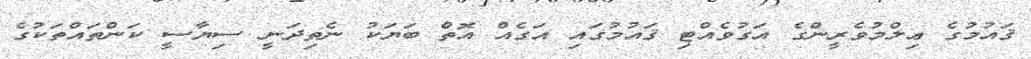
ޤައުމުގެ ޢިލްމުވެރީންގެ އަގުވެއްޓި ޤައުމުގައި އަގެއް އޮތް ބަޔަކު ނެތިދަނީ ސިޔާސީ ކަންތައްތަކުގެ